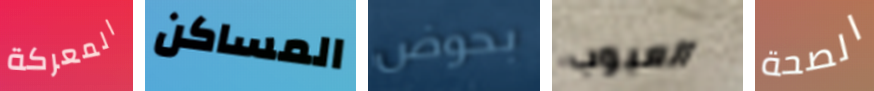
المعركة المساكن بحوض العيوب الصحة